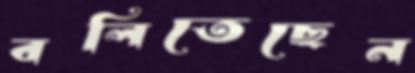
বলিতেছেন